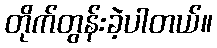
တိုက်တွန်းခဲ့ပါတယ်။